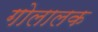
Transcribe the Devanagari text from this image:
गोलालक